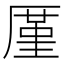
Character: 厪